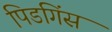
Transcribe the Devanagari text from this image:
पिडगिंस